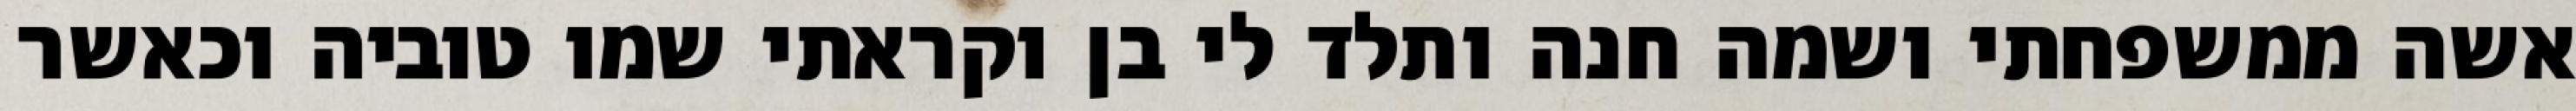
אשה ממשפחתי ושמה חנה ותלד לי בן וקראתי שמו טוביה וכאשר